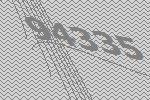
94335